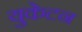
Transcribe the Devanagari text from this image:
युकेटन